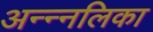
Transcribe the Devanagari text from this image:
अन्न्नलिका